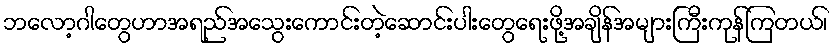
ဘလော့ဂါတွေဟာအရည်အသွေးကောင်းတဲ့ဆောင်းပါးတွေရေးဖို့အချိန်အများကြီးကုန်ကြတယ်၊